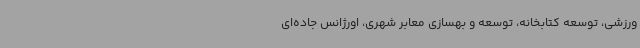
ورزشی، توسعه کتابخانه، توسعه و بهسازی معابر شهری، اورژانس جاده‌ای